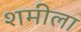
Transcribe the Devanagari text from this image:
शमीला